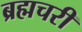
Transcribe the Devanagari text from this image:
ब्रह्मचरी